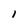
Character: l